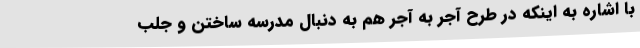
با اشاره به اینکه در طرح آجر به آجر هم به دنبال مدرسه ساختن و جلب